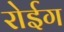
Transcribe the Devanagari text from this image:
रोईग